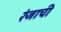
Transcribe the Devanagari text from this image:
रंजाची